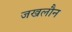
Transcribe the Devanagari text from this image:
जखलौन